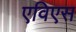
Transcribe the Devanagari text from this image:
एविएस